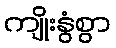
ကျိုးနွံစွာ